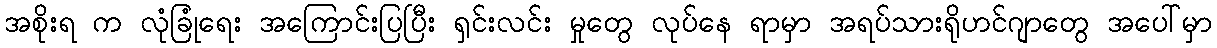
အစိုးရ က လုံခြုံရေး အကြောင်းပြပြီး ရှင်းလင်း မှုတွေ လုပ်နေ ရာမှာ အရပ်သားရိုဟင်ဂျာတွေ အပေါ်မှာ